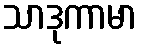
သာဒုကာမာ